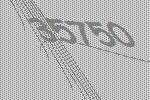
35750